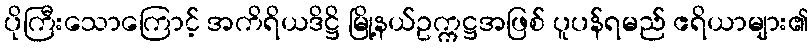
ပိုကြီးသောကြောင့် အကိရိယဒိဋ္ဌိ မြို့နယ်ဥက္ကဋ္ဌအဖြစ် ပူပန်ရမည် ဧရိယာများ၏